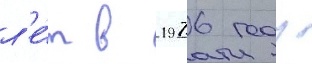
л'е́т в 1976 году